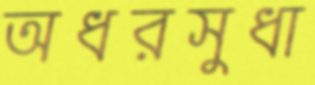
অধরসুধা